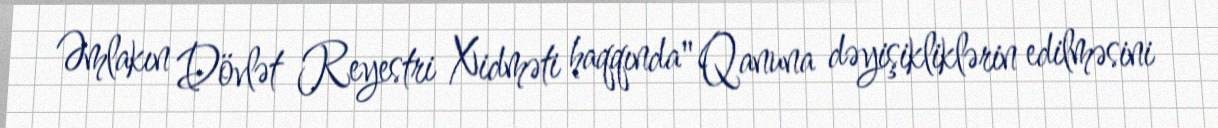
Əmlakın Dövlət Reyestri Xidməti haqqında" Qanuna dəyişikliklərin edilməsini